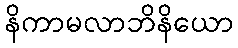
နိကာမလာဘိနိယော